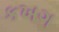
કખગ